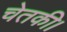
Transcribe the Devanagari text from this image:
चेतकी।